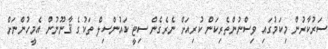
ސަރުކާރުން މިކަމުގައި ވިސްނުންތެރިކަން ކުރިއަށް ނެރެގެން ސިޓީ ކައުންސިލް ތަކުގެ ޤާނޫނުން އެމީހުންނަށް